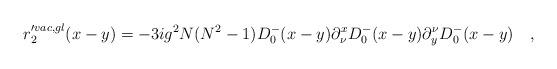
LaTeX: \begin{align*}r'^{vac,gl}_2(x-y)=-3ig^2N(N^2-1)D_0^-(x-y) \partial_\nu^x D_0^-(x-y)\partial_y^\nu D_0^-(x-y) \quad ,\end{align*}